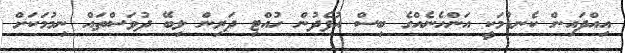
އިއްދައިން ކެނޑުމަކީ އަންހެނެއްގެ ބިސް އުފެދުން ހުއްޓި ދަރިން ލިބޭ ދުވަސްތައް ނިމުމަކަށް